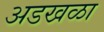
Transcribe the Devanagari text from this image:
अडखळा